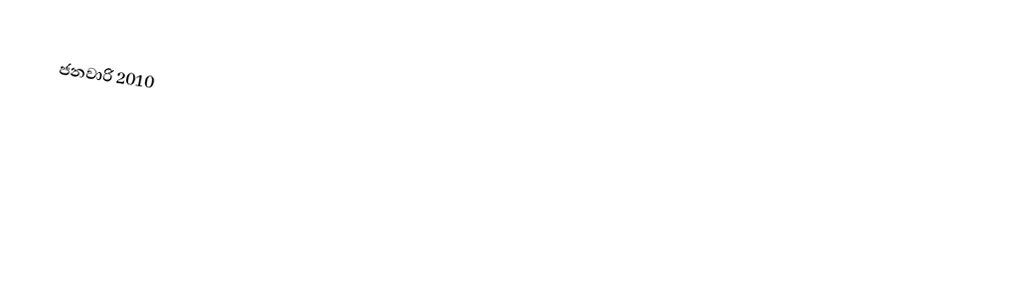
ජනවාරි 2010